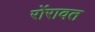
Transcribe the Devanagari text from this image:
रोंरावत